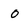
Character: O